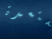
مستعدة